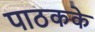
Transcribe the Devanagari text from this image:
पाठकके